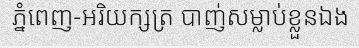
ភ្នំពេញ-អរិយក្សត្រ បាញ់សម្លាប់ខ្លួនឯង